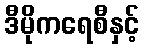
ဒီမိုကရေစီနှင့်